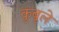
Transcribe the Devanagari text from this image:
कुबूले